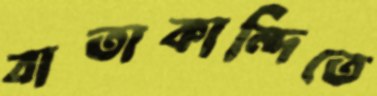
বাতাকান্দিতে